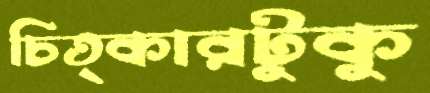
চিত্কারটুকু